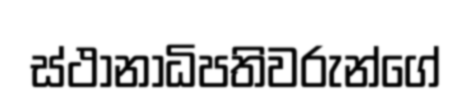
ස්ථානාධිපතිවරුන්ගේ